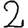
Digit: 2